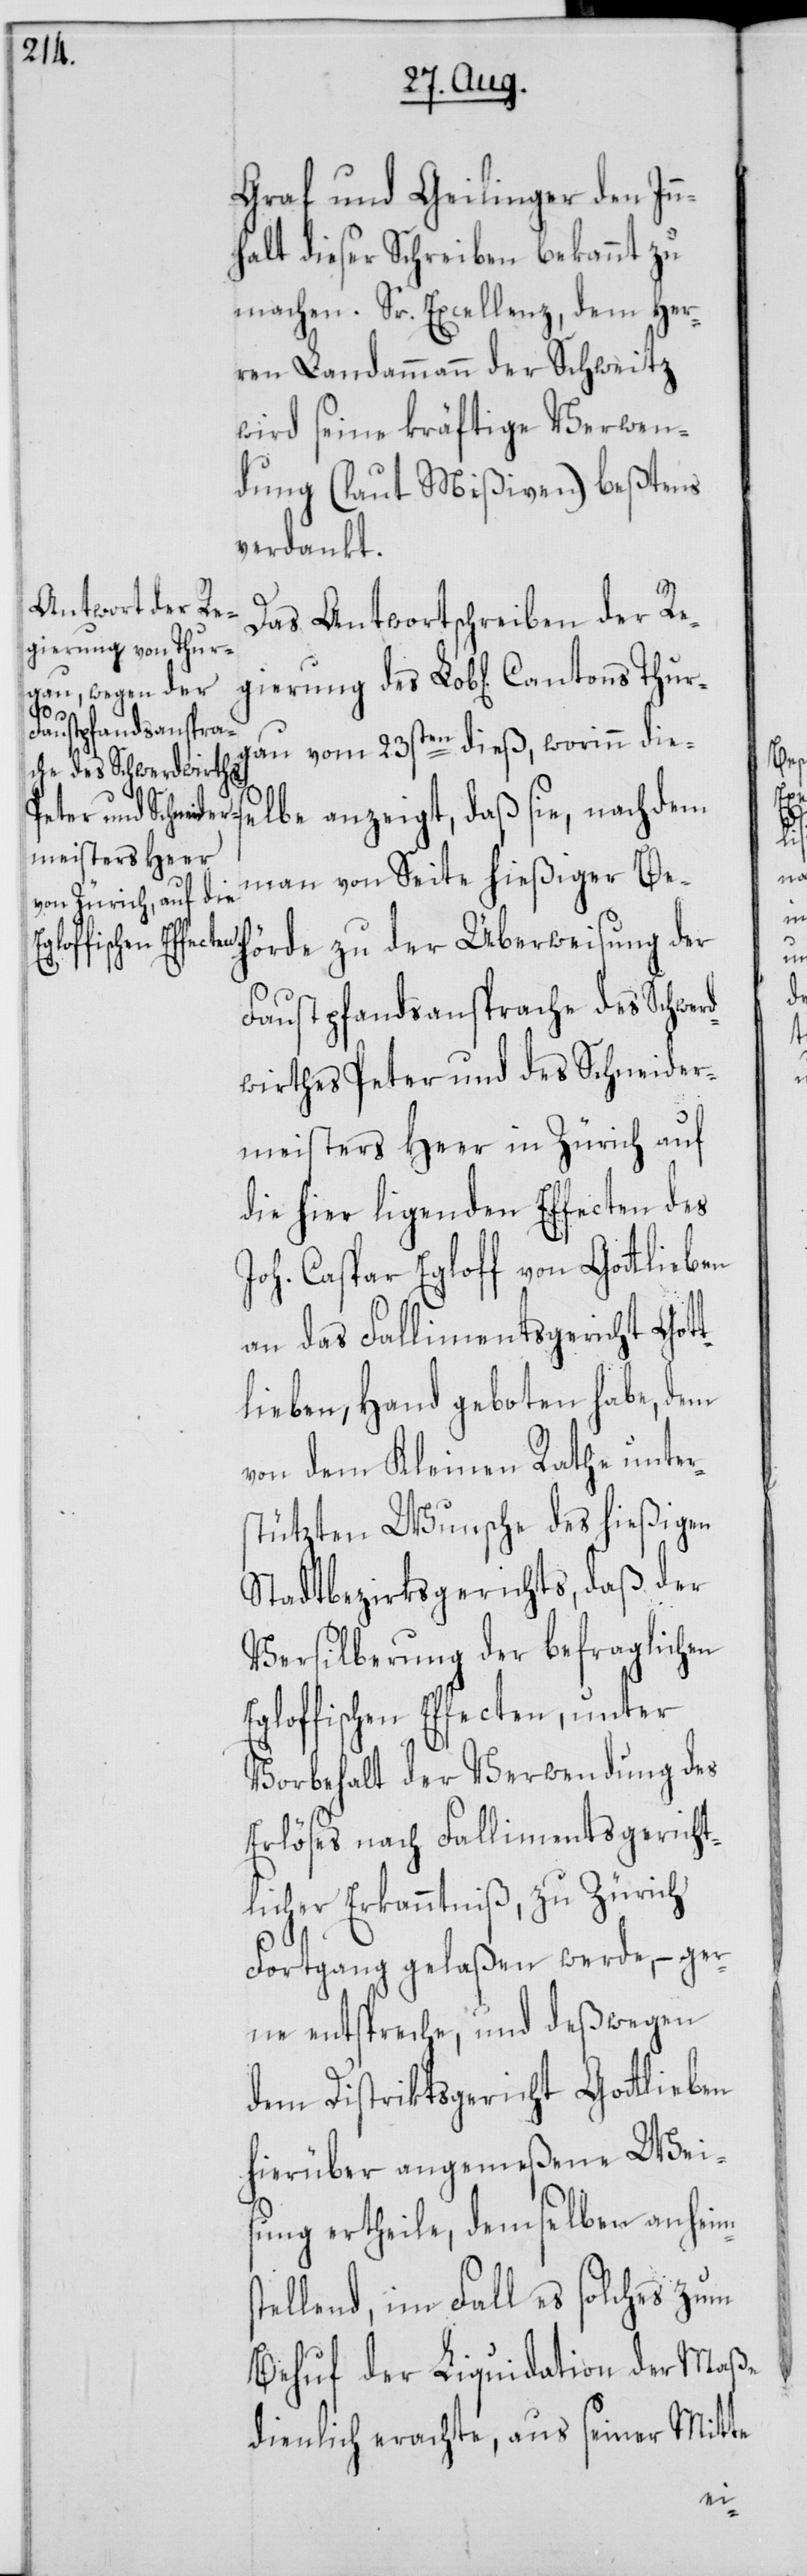
s¬

Graf & Geilinger den In¬
nhalt dieser Schreiben bekannt zu
machen. Sr. Excellenz, dem Her¬
ren Landammann der Schweitz
wird seine kräftige Verwen¬
dung (laut Mißiven) beßtens
verdankt.
Das Antwortschreiben der Re¬
au vom 23sten dieß, worinn dies¬
elbe anzeigt, daß sie, nachdem
man von Seite hießiger Be¬
hörde zu der Überweisung der
Faustpfandsansprache des Schwer¬
dwirthes Peter und des Schneider¬
meisters Heer in Zürich auf
die hier ligenden Effecten des
Joh. Caspar Egloff von Gottlieben
an das Fallimentsgerichts Got¬
tlieben, Hand geboten habe, dem
von dem Kleinen Rathe unter¬
stützten Wunsche des hießigen
Stadtbezirksgerichts, daß der
Versilberung der befraglichen
loffischen Effecten, unter
Vorbehalt der Verwendung des
Erlöses nach Fallimentsgericht¬
licher Erkanntniß, zu Zürich
Fortgang gelaßen werde, – ger¬
ne entspreche, und deßwegen
dem Distriktsgericht Gottlieben
hierüber angemeßene Wei¬
sung ertheile, demselben anheim
tellend, im Fall es solches zum
Behuf der Liquidation der Maße
dienlich erachte, aus seiner Mitte